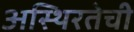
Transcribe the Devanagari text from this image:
अस्थिरतेची